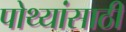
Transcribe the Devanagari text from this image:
पोथ्यांसाठी